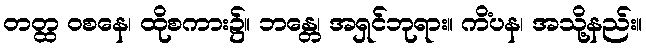
တတ္ထ ဝစနေ၊ ထိုစကား၌။ ဘန္တေ၊ အရှင်ဘုရား။ ကိံပန၊ အသို့နည်း။